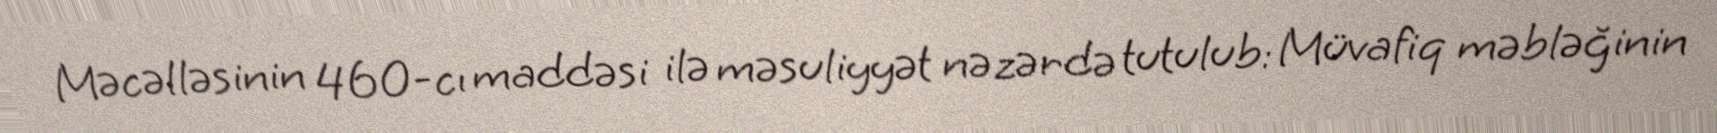
Məcəlləsinin 460-cı maddəsi ilə məsuliyyət nəzərdə tutulub: Müvafiq məbləğinin